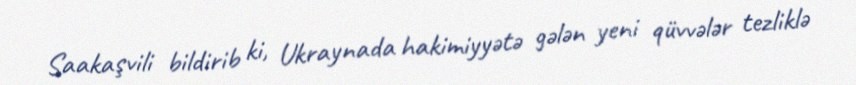
Saakaşvili bildirib ki, Ukraynada hakimiyyətə gələn yeni qüvvələr tezliklə